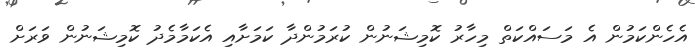
އެހެންކަމުން އެ މަސައްކަތް މިހާރު ކޮމިޝަނުން ކުރަމުންދާ ކަމަށާއި އެކަމާމެދު ކޮމިޝަނުން ވަރަށް